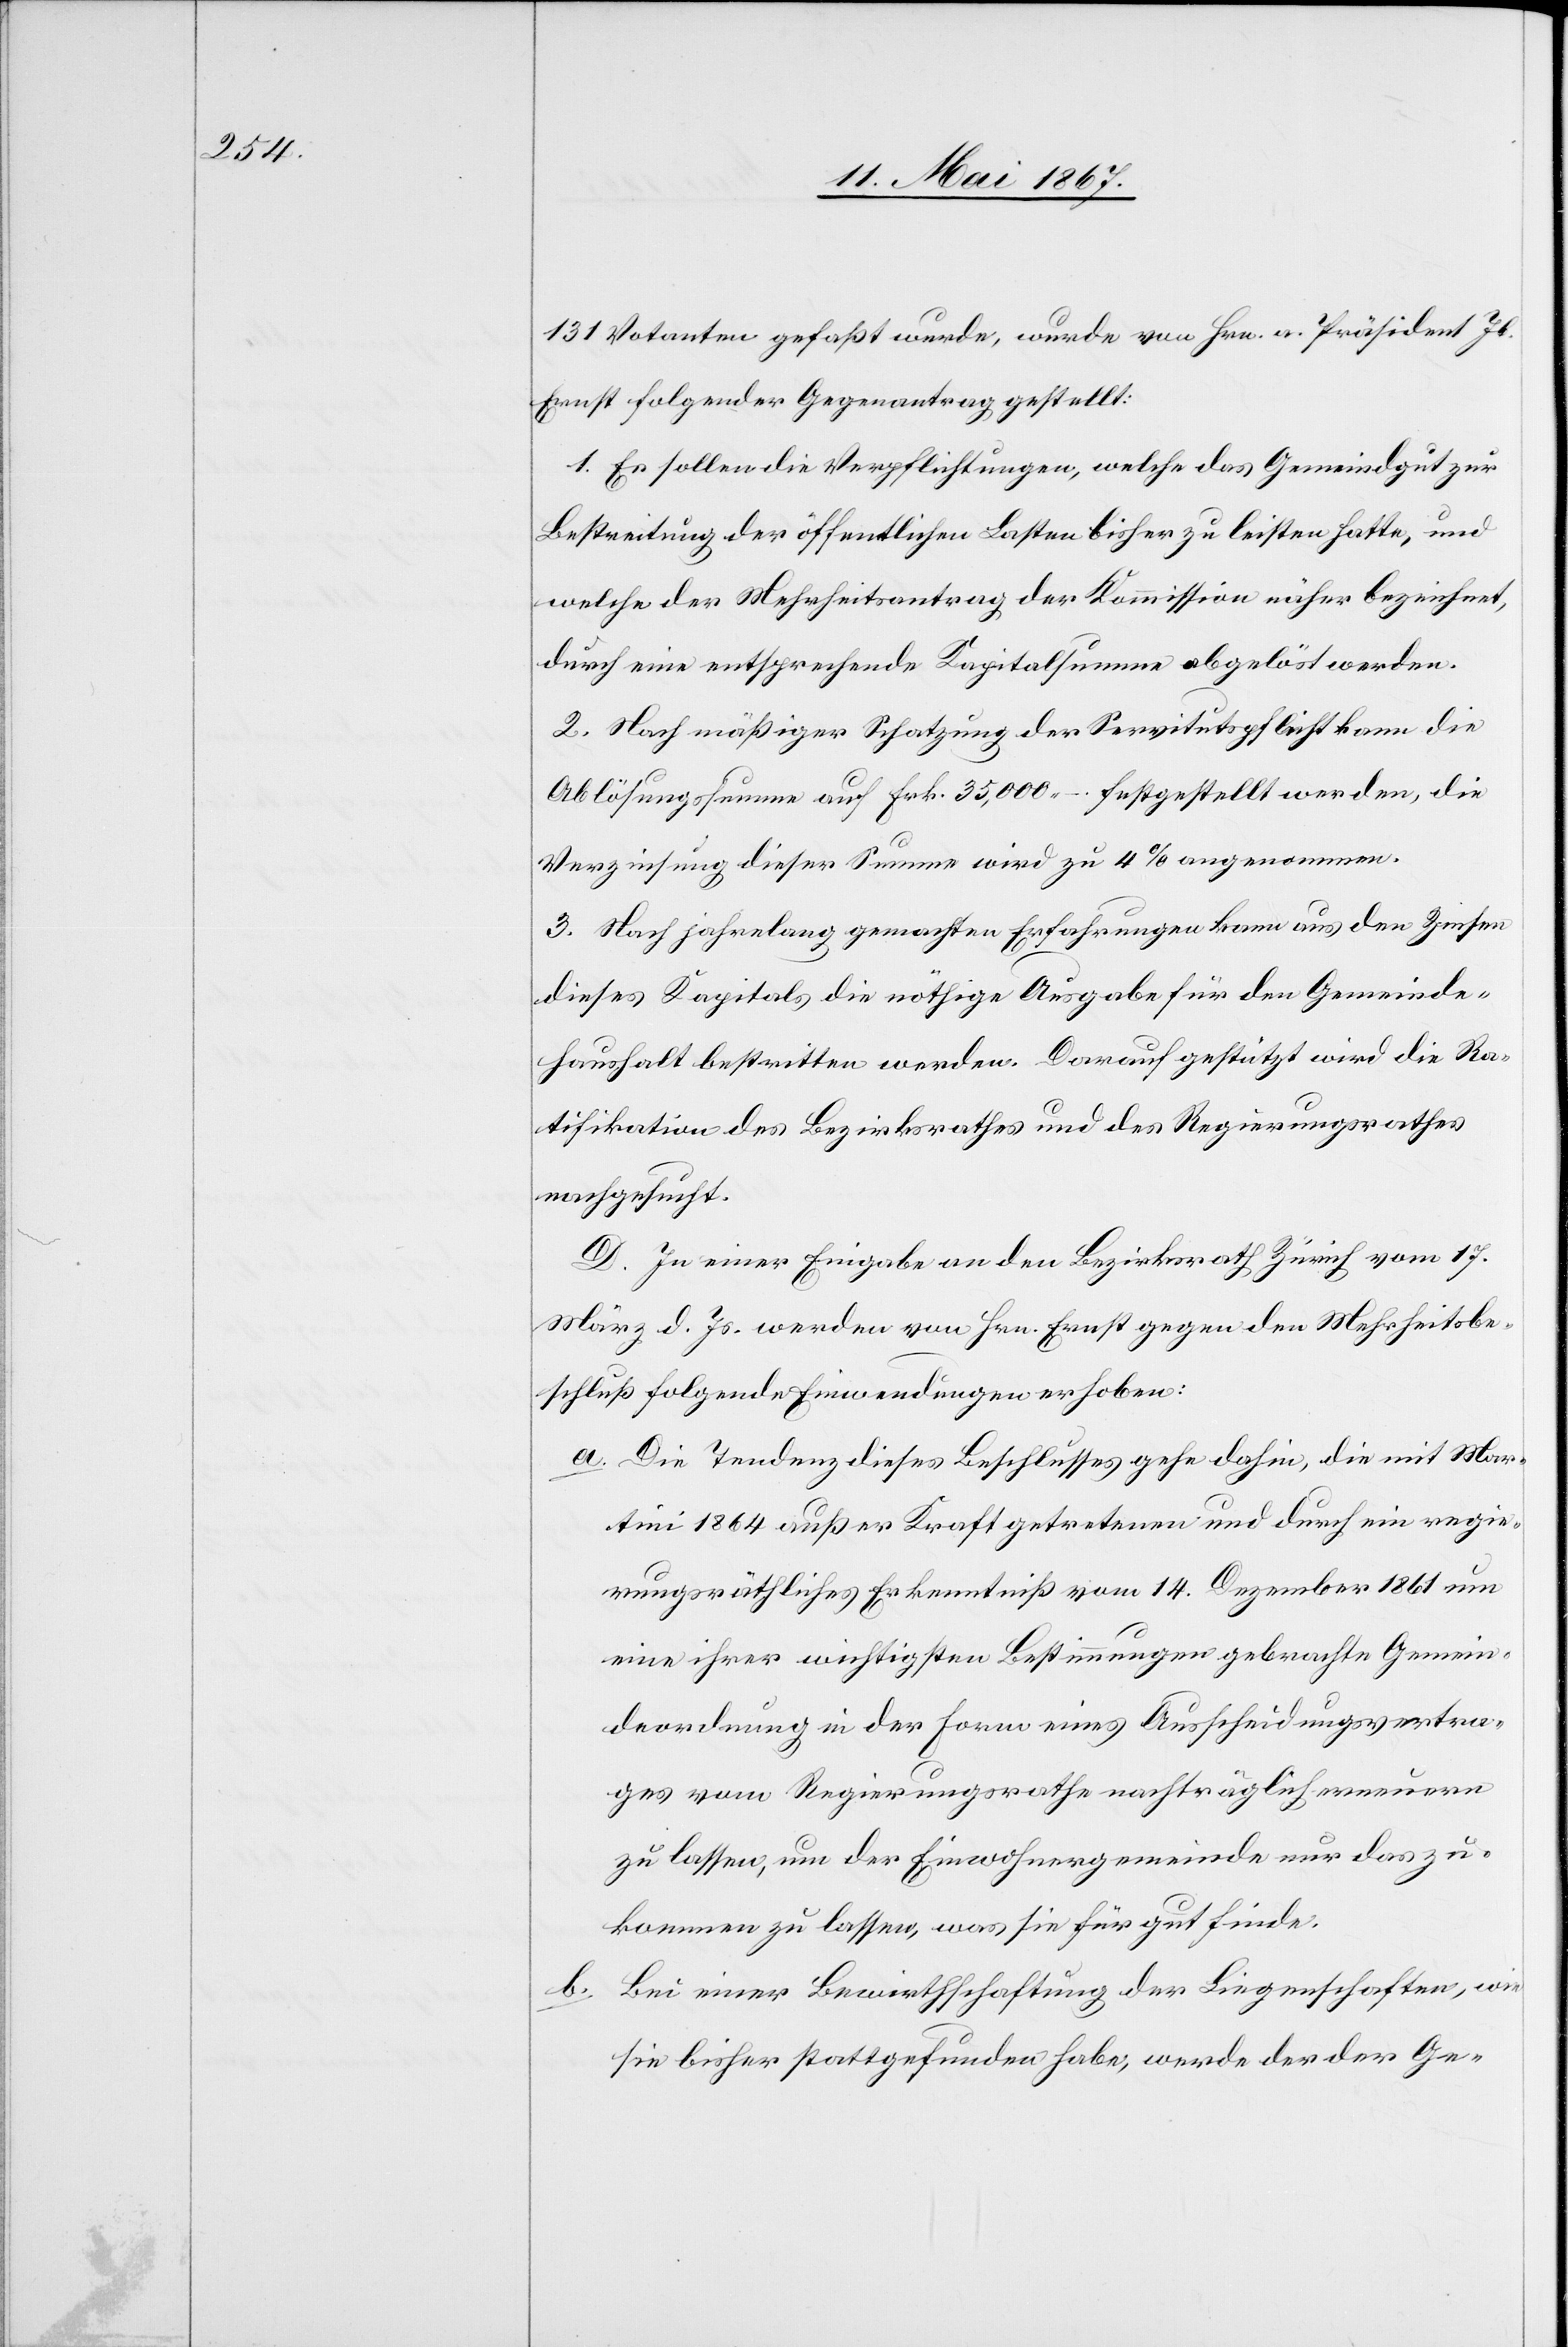
131 Votanten gefaßt wurde, wurde von Hrn. A. Präsident Jb.
Ernst folgender Gegenantrag gestellt:
1. Es sollen die Verpflichtungen, welche das Gemeindgut zur
Bestreitung der öffentlichen Lasten bisher zu leisten hatte, und
welche der Mehrheitsantrag der Kommission näher bezeichnet,
durch eine entsprechende Kapitalsumme abgelöst werden.
2. Nach mäßiger Schatzung der Servitutspflicht kann die
Ablösungssumme auf Frk. 35,000.– festgestellt werden, die
Verzinsung dieser Summe wird zu 4% angenommen.
3. Nach jahrelang gemachten Erfahrungen kann aus den Zinsen
dieses Kapitals die nöthige Ausgabe für den Gemeinde¬
haushalt bestritten werden. Darauf gestützt wird die Ra¬
tifikation des Bezirksrathes und des Regierungsrathes
nachgeführt.
D. In einer Eingabe an den Bezirksrath Zürich vom 17.
März d. Js. werden von Hrn. Ernst gegen den Mehrheitsbe¬
schluß folgende Einwendungen erhoben:
a.	Die Tendenz diese Beschlusses gehe dahin, die mit Mar¬
tini 1864 außer Kraft getretenen und durch ein regie¬
rungsräthliches Erkenntniß vom 14. Dezember 1861 um
eine ihrer wichtigsten Bestimmungen gebrachte Gemein¬
deordnung in der Form eines Ausscheidungsvertra¬
ges vom Regierungsrathe nachträglich erneuern
zu lassen, um der Einwohnergemeinde nur das zu¬
kommen zu lassen, was sie für gut finde.
b.	Bei einer Bewirthschaftung der Liegenschaften, wie
sie bisher stattgefunden habe, werde der der Ge-